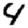
Digit: 4